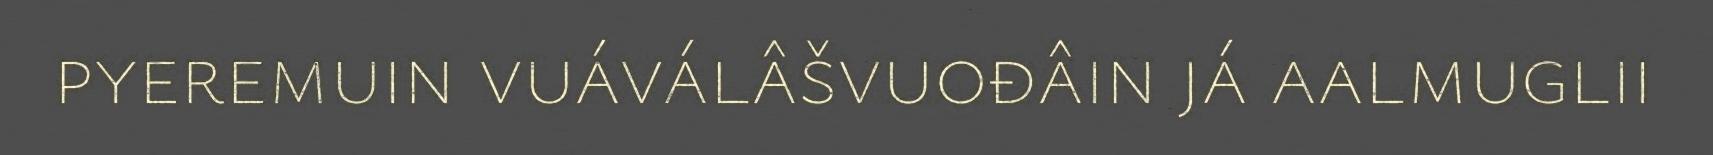
pyeremuin vuáválâšvuođâin já aalmuglii